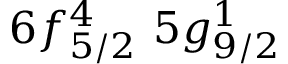
6 f _ { 5 / 2 } ^ { 4 } \, \, 5 g _ { 9 / 2 } ^ { 1 } \, \,